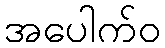
အပေါက်ဝ